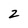
Character: 2